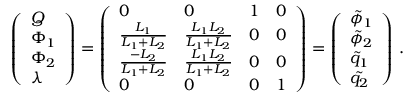
\begin{array} { r } { \left( \begin{array} { l } { Q } \\ { \Phi _ { 1 } } \\ { \Phi _ { 2 } } \\ { \lambda } \end{array} \right) = \left( \begin{array} { l l l l } { 0 } & { 0 } & { 1 } & { 0 } \\ { \frac { L _ { 1 } } { L _ { 1 } + L _ { 2 } } } & { \frac { L _ { 1 } L _ { 2 } } { L _ { 1 } + L _ { 2 } } } & { 0 } & { 0 } \\ { \frac { - L _ { 2 } } { L _ { 1 } + L _ { 2 } } } & { \frac { L _ { 1 } L _ { 2 } } { L _ { 1 } + L _ { 2 } } } & { 0 } & { 0 } \\ { 0 } & { 0 } & { 0 } & { 1 } \end{array} \right) = \left( \begin{array} { l } { \tilde { \phi } _ { 1 } } \\ { \tilde { \phi } _ { 2 } } \\ { \tilde { q } _ { 1 } } \\ { \tilde { q _ { 2 } } } \end{array} \right) \, . } \end{array}